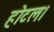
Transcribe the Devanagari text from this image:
होटल।